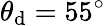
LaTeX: \theta_{\mathrm{d}}=55^{\circ}